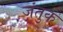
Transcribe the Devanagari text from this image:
जंतुक